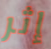
إثر